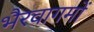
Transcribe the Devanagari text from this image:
भैरवागमों